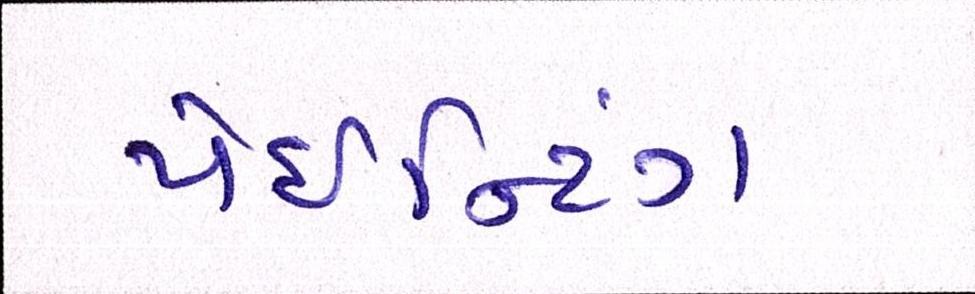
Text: પેઈન્ટિંગ